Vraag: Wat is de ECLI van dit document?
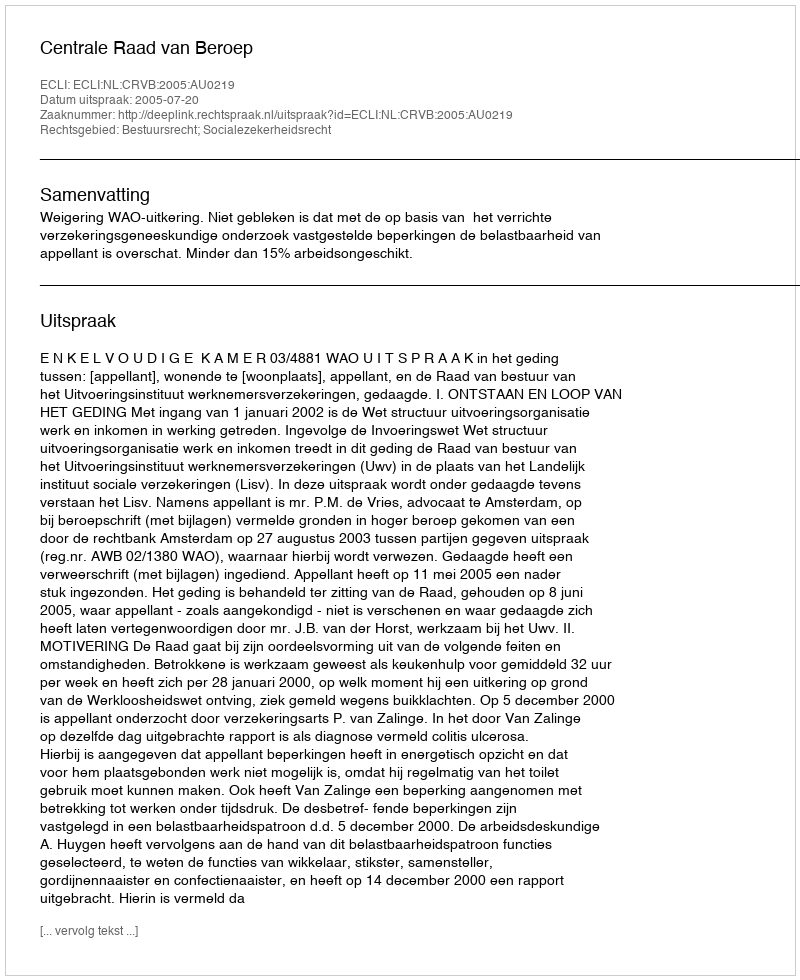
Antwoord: ECLI:NL:CRVB:2005:AU0219